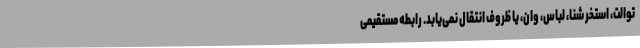
توالت، استخر شنا، لباس، وان، یا ظروف انتقال نمی‌یابد. رابطه مستقیمی